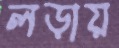
লড়ায়